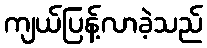
ကျယ်ပြန့်လာခဲ့သည်